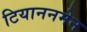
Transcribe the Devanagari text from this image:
टियाननमेन